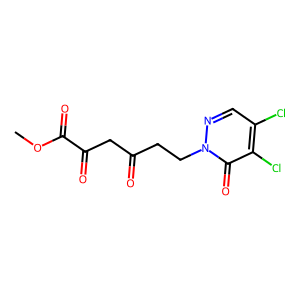
SMILES: COC(=O)C(=O)CC(=O)CCn1ncc(Cl)c(Cl)c1=O
Inhibits HIV replication: No